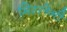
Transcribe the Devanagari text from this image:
मिस्लेनी